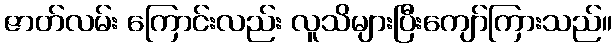
ဇာတ်လမ်း ကြောင်းလည်း လူသိများပြီးကျော်ကြားသည်။